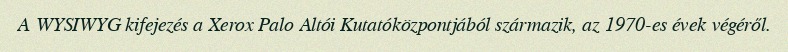
A WYSIWYG kifejezés a Xerox Palo Altói Kutatóközpontjából származik, az 1970-es évek végéről.